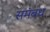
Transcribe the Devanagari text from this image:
समंबध